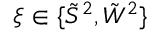
\xi \in \{ \tilde { S } ^ { 2 } , \tilde { W } ^ { 2 } \}